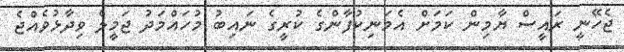
ޖެހޭނީ ރައީސް ޔާމިން ކަމަށް އެމަނިކުފާންގެ ކުރީގެ ނައިބު މުހައްމަދު ޖަމީލް ވިދާޅުވެއްޖެ